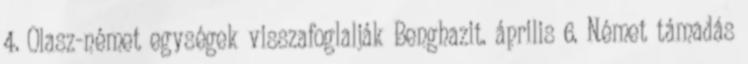
4. Olasz-német egységek visszafoglalják Benghazit. április 6. Német támadás